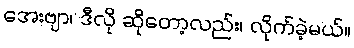
အေးဗျာ၊ ဒီလို ဆိုတော့လည်း၊ လိုက်ခဲ့မယ်။